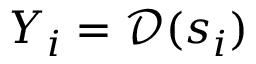
Y _ { i } = \mathcal { D } ( { \boldsymbol { s } _ { i } } )